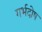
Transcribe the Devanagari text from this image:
गर्भदोष